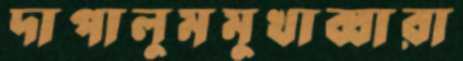
দাপালুমমুখাব্বারা